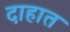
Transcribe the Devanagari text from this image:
दाहात